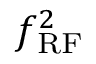
f _ { \mathrm { R F } } ^ { 2 }